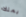
يملك